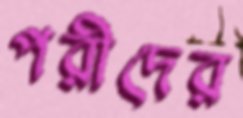
পরীদের